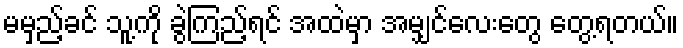
မမှည့်ခင် သူ့ကို ခွဲကြည့်ရင် အထဲမှာ အမျှင်လေးတွေ တွေ့ရတယ်။